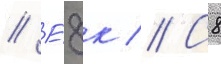
// Е́8к // С8